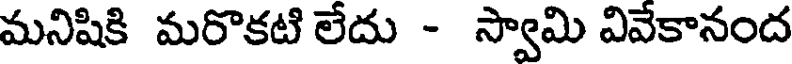
మనిషికి మరొకటి లేదు - స్వామి వివేకానంద